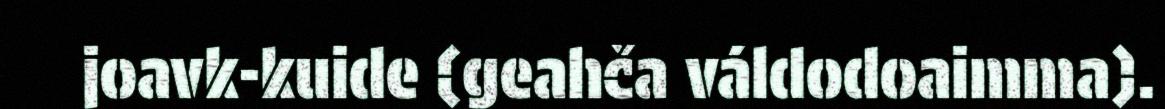
joavk-kuide (geahča váldodoaimma).